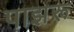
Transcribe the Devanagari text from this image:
पाझरू